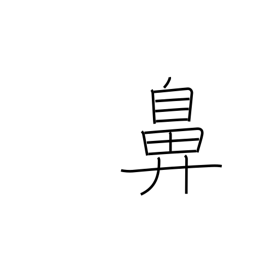
Meaning: nose